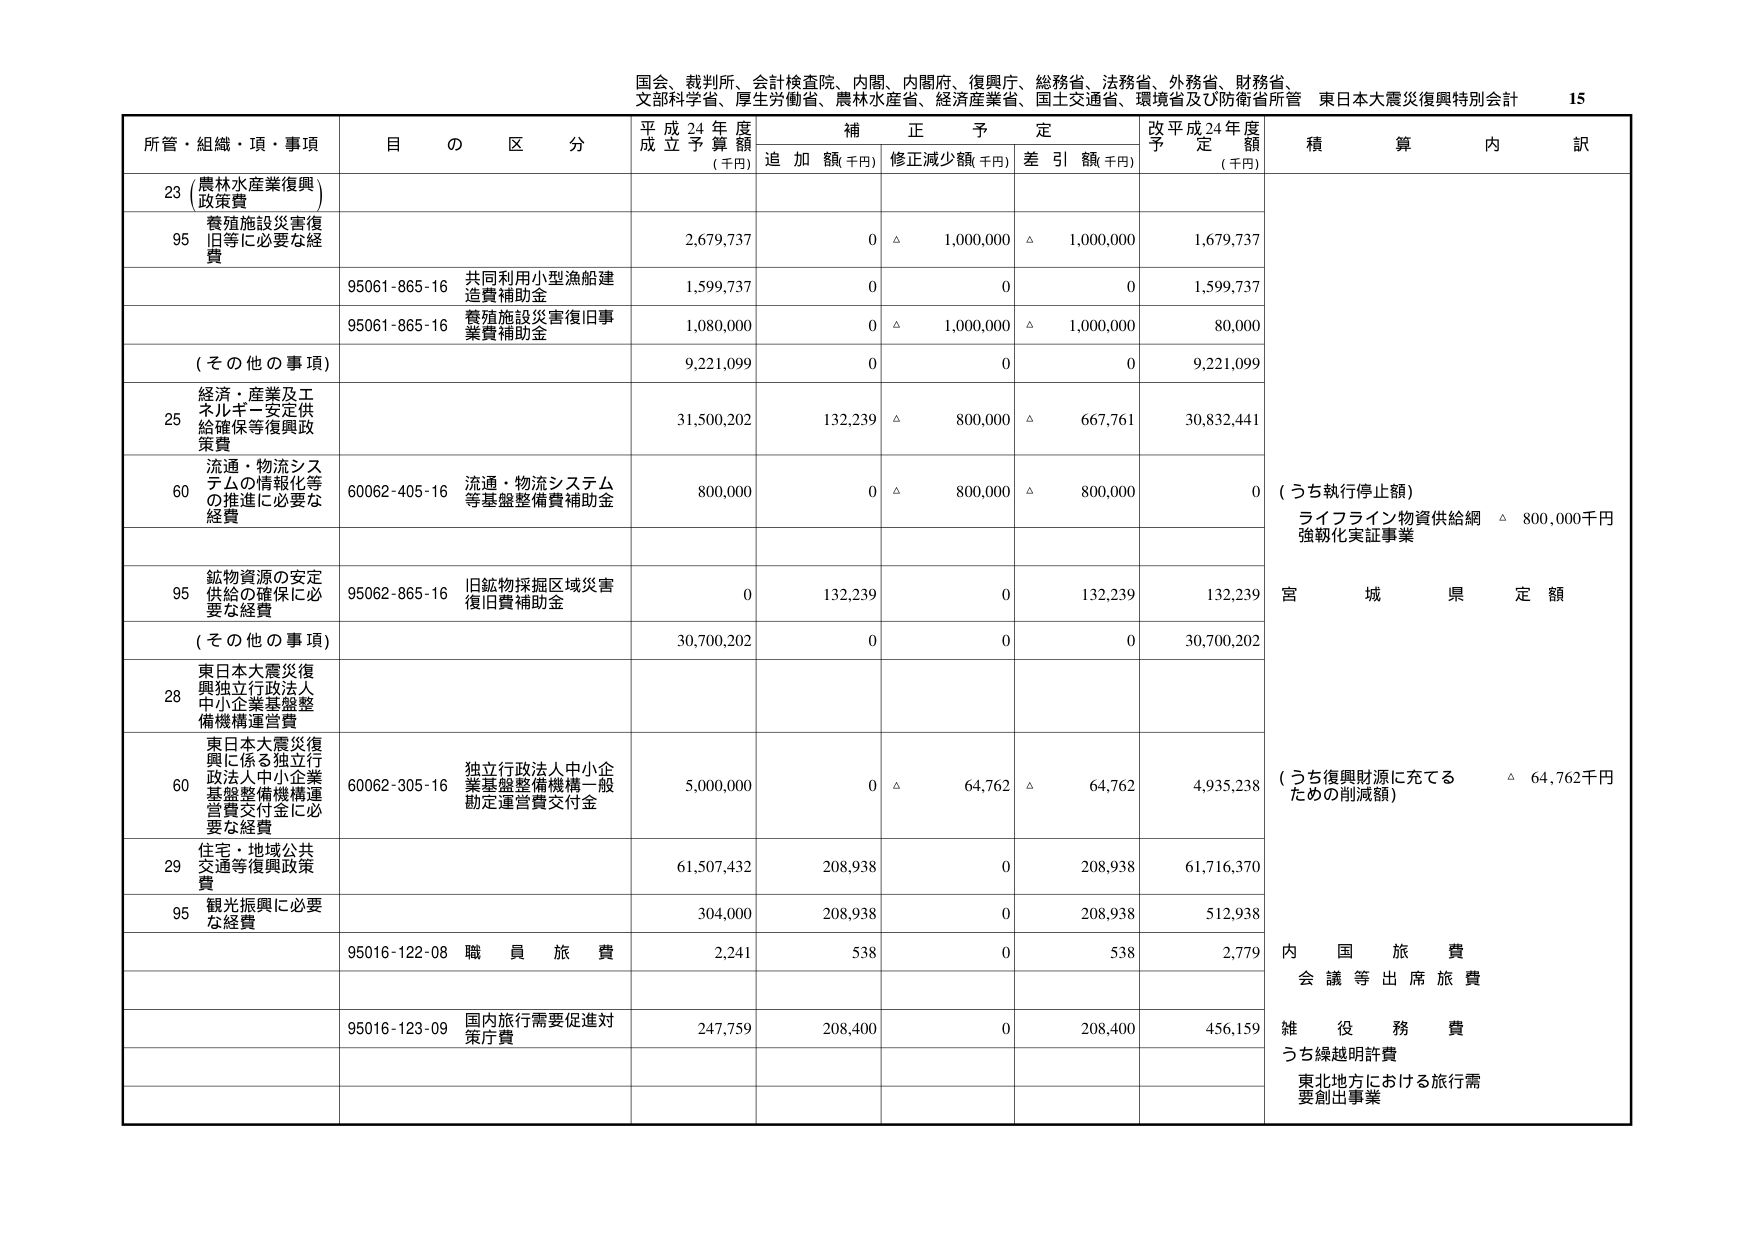
国会、裁判所、会計検査院、内閣、内閣府、復興庁、総務省、法務省、外務省、財務省、
文部科学省、厚生労働省、農林水産省、経済産業省、国土交通省、環境省及び防衛省所管 東日本大震災復興特別会計 15

所管・組織・項・事項 目の区分 平成24年度成立予算額（千円） 補正予定 追加額（千円） 修正減少額（千円） 差引額（千円） 改平成24年度予定額（千円） 積算内訳

23 （農林水産業復興）政策費
95 養殖施設災害復旧等に必要な経費 2,679,737 0 △ 1,000,000 △ 1,000,000 1,679,737

95061-865-16 共同利用小型漁船建造費補助金 1,599,737 0 0 0 1,599,737

95061-865-16 養殖施設災害復旧事業費補助金 1,080,000 0 △ 1,000,000 △ 1,000,000 80,000

（その他の事項） 9,221,099 0 0 0 9,221,099

25 経済・産業及エネルギー安定供給確保等復興政策費 31,500,202 132,239 △ 800,000 △ 667,761 30,832,441

60 流通・物流システムの情報化等の推進に必要な経費 60062-405-16 流通・物流システム等基盤整備費補助金 800,000 0 △ 800,000 △ 800,000 0 （うち執行停止額） ライフライン物資供給網 △ 800,000千円 強靭化実証事業

95 鉱物資源の安定供給の確保に必要な経費 95062-865-16 旧鉱物採掘区域災害復旧費補助金 0 132,239 0 132,239 132,239 宮城県定額

（その他の事項） 30,700,202 0 0 0 30,700,202

28 東日本大震災復興独立行政法人中小企業基盤整備機構運営費

60 東日本大震災復興に係る独立行政法人中小企業基盤整備機構運営費交付金に必要な経費 60062-305-16 独立行政法人中小企業基盤整備機構一般勘定運営費交付金 5,000,000 0 △ 64,762 △ 64,762 4,935,238 （うち復興財源に充てるための削減額） △ 64,762千円

29 住宅・地域公共交通等復興政策費 61,507,432 208,938 0 208,938 61,716,370

95 観光振興に必要な経費 304,000 208,938 0 208,938 512,938

95016-122-08 職員旅費 2,241 538 0 538 2,779 内国旅費 会議等出席旅費

95016-123-09 国内旅行需要促進対策庁費 247,759 208,400 0 208,400 456,159 雑役務費 うち繰越明許費 東北地方における旅行需要創出事業